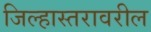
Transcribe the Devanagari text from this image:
जिल्हास्तरावरील